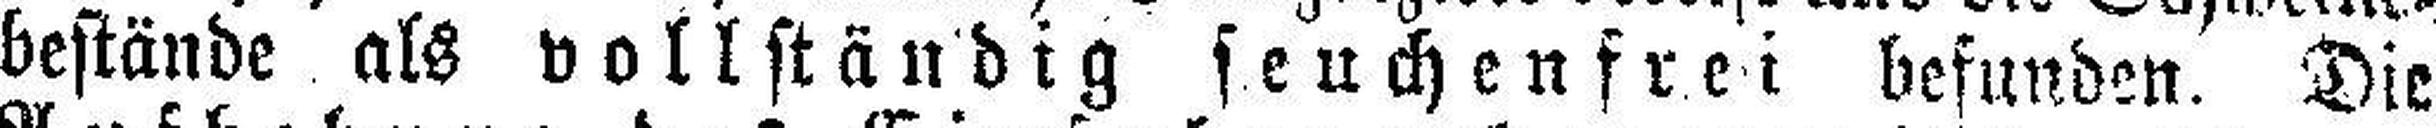
bestände als vollständig seuchenfrei befunden. Die